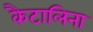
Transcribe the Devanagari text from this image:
कैटालिना